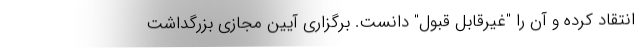
انتقاد کرده و آن را "غیرقابل قبول" دانست. برگزاری آیین مجازی بزرگداشت